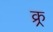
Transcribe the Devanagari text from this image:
क्र्र